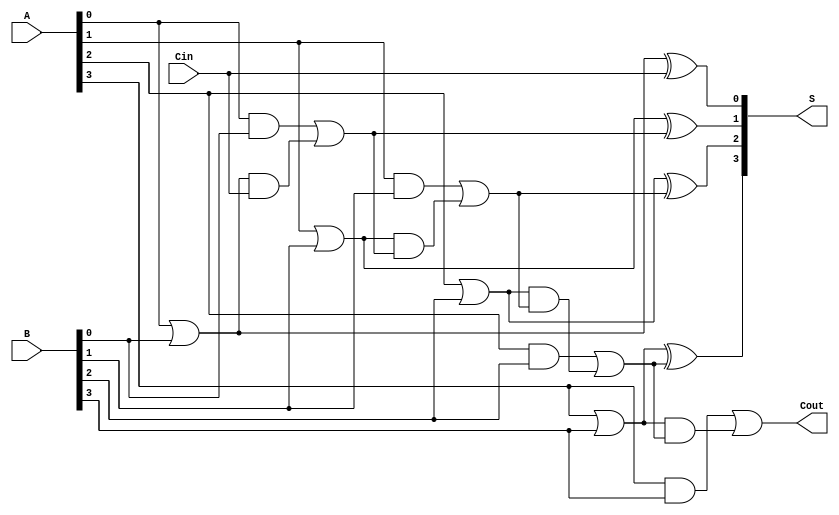
module RCLA #(parameter n = 4) (
    input  [n-1:0] A,      // n-bit input A
    input  [n-1:0] B,      // n-bit input B
    input          Cin,     // Carry-in
    output [n-1:0] S,      // n-bit sum output
    output         Cout      // Carry-out
);

    // Generate and Propagate signals
    wire [n-1:0] G; // Generate signals
    wire [n-1:0] P; // Propagate signals
    wire [n:0] C;   // Carry signals

    // Generate and Propagate calculations
    genvar i;
    generate
        for (i = 0; i < n; i = i + 1) begin : gen_prop
            assign G[i] = A[i] & B[i];      // Generate
            assign P[i] = A[i] | B[i];      // Propagate
        end
    endgenerate

    // Carry calculations
    assign C[0] = Cin; // Initial carry-in
    generate
        for (i = 0; i < n; i = i + 1) begin : carry_calc
            if (i == 0) begin
                assign C[i + 1] = G[i] | (P[i] & C[i]); // C1
            end else begin
                assign C[i + 1] = G[i] | (P[i] & C[i]); // C2, C3, ..., Cn
            end
        end
    endgenerate

    // Sum calculations
    generate
        for (i = 0; i < n; i = i + 1) begin : sum_calc
            assign S[i] = P[i] ^ C[i]; // Sum
        end
    endgenerate

    // Carry-out
    assign Cout = C[n]; // Final carry-out

endmodule